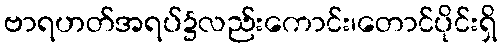
ဗာရဟတ်အရပ်၌လည်းကောင်း၊တောင်ပိုင်းရှိ